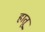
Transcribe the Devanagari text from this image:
हातू